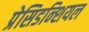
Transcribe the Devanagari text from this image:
प्रेसिडन्शियल